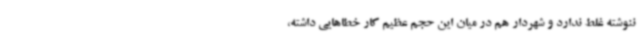
ننوشته غلط ندارد و شهردار هم در میان این حجم عظیم کار خطاهایی داشته،